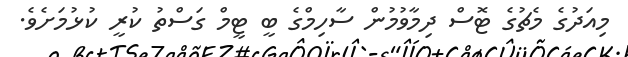
މިއަދުގެ މެޗުގެ ޓޮސް ދިމާވުމުން ސާހިމްގެ ބީ ޓީމް ގަސްތު ކުރީ ކުޅުމަށެވެ.